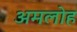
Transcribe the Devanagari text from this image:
अमलोह